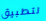
لتطبيق